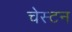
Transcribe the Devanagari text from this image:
चेस्टन